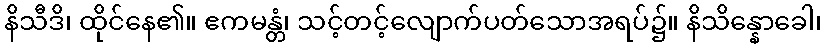
နိသီဒိ၊ ထိုင်နေ၏။ ဧကမန္တံ၊ သင့်တင့်လျောက်ပတ်သောအရပ်၌။ နိသိန္နောခေါ၊